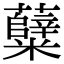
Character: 糵